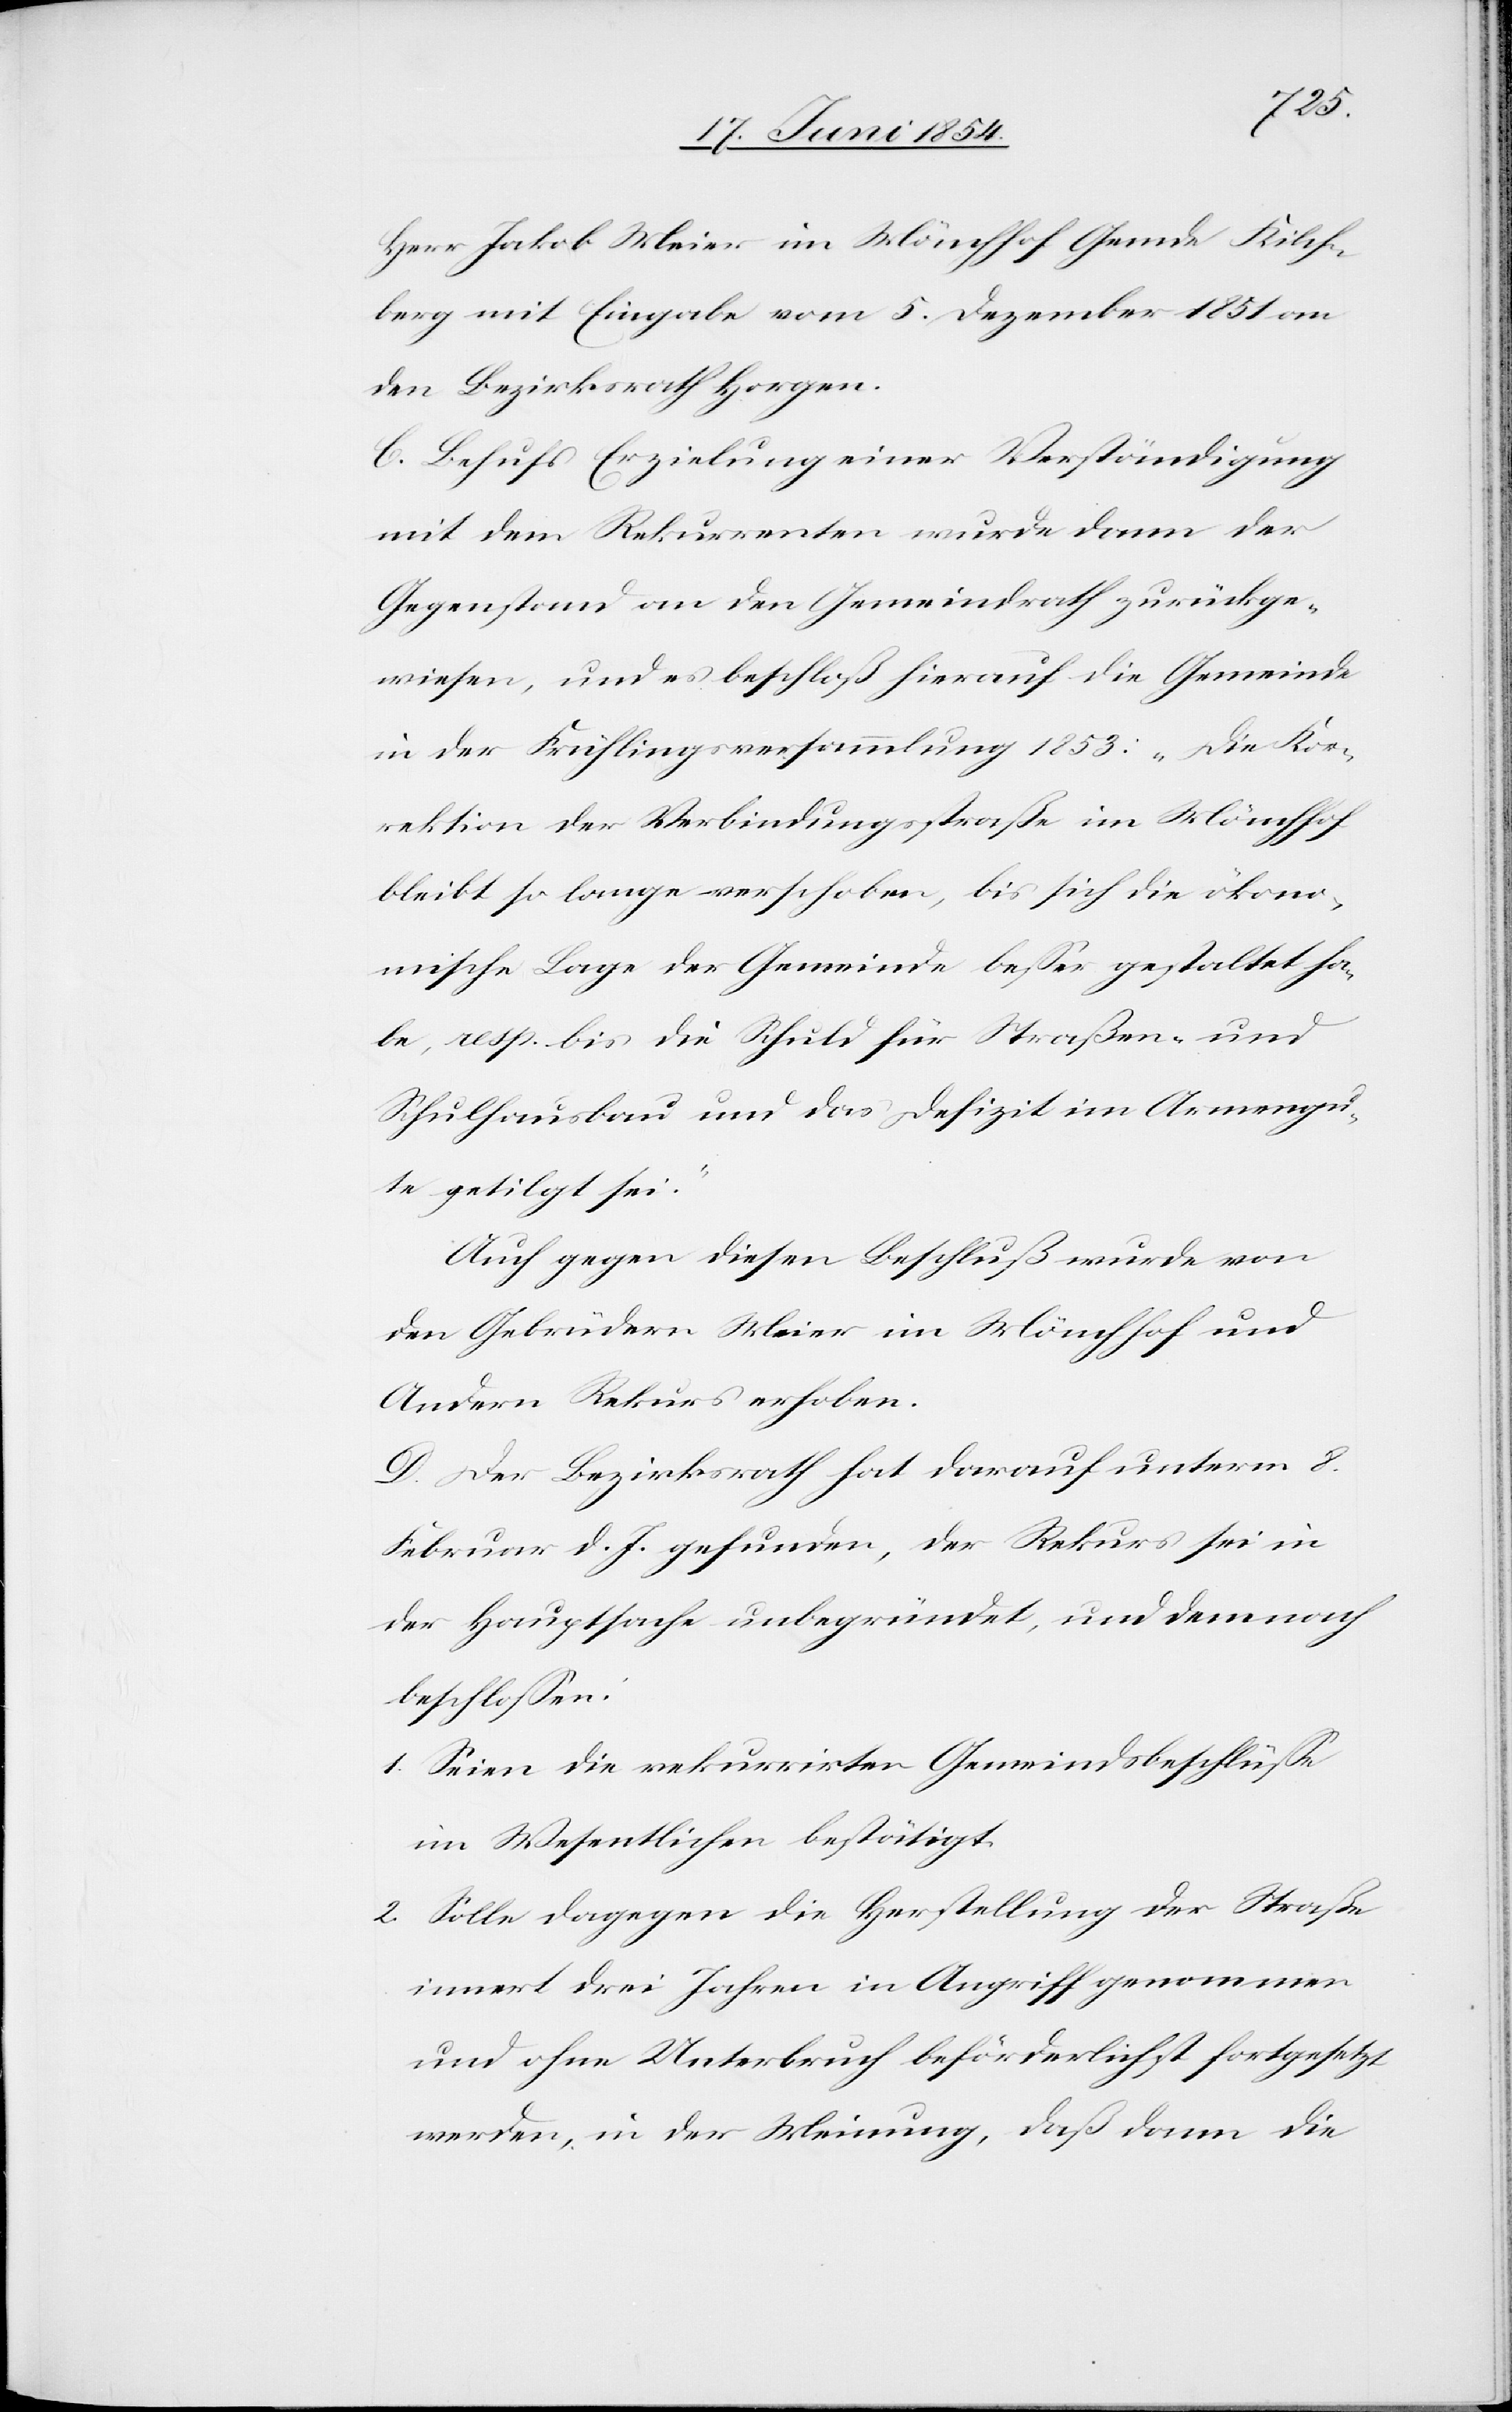
Herr Jakob Meier im Mönchhof Gemde Kilch¬
berg mit Eingabe vom 5. Dezember 1851 an
den Bezirksrath Horgen.
C. Behufs Erziehung einer Verständigung
mit dem Rekurrenten wurde dann der
Gegentand an den Gemeindrath zurückge¬
wiesen, und es beschloß hierauf die Gemeinde
in der Frühlingsversammlung 1853 „Die Kor¬
rektion der Verbindungsstraße im Mönchhof
bliebt so lange verschoben, bis sich die ökono¬
mische Lage der Gemeinde beßer gestaltet ha¬
be, resp. bis die Schuld für Straßen- und
Schulhausbau und das Defizit im Armengu¬
te getilgt sei.“
Auch gegen diesen Beschluß wurde von
den Gebrüdern Meier im Mönchhof und
Andern Rekurs erhoben.
D. Der Bezirksrath hat darauf unterm 8.
Februar d. J. gefunden, der Rekurs sei in
der Hauptsache unbegründet, und demnach
beschloßen:
1. Seien die rekurrirten Gemeindsbeschlüße
im Wesentlichen bestätigt.
2. Solle dagegen die Herstellung der Straße
innert drei Jahren in Angriff genommen
und ohne Unterbruch beförderlichst fortgesetzt
werden, in der Meinung, daß dann die